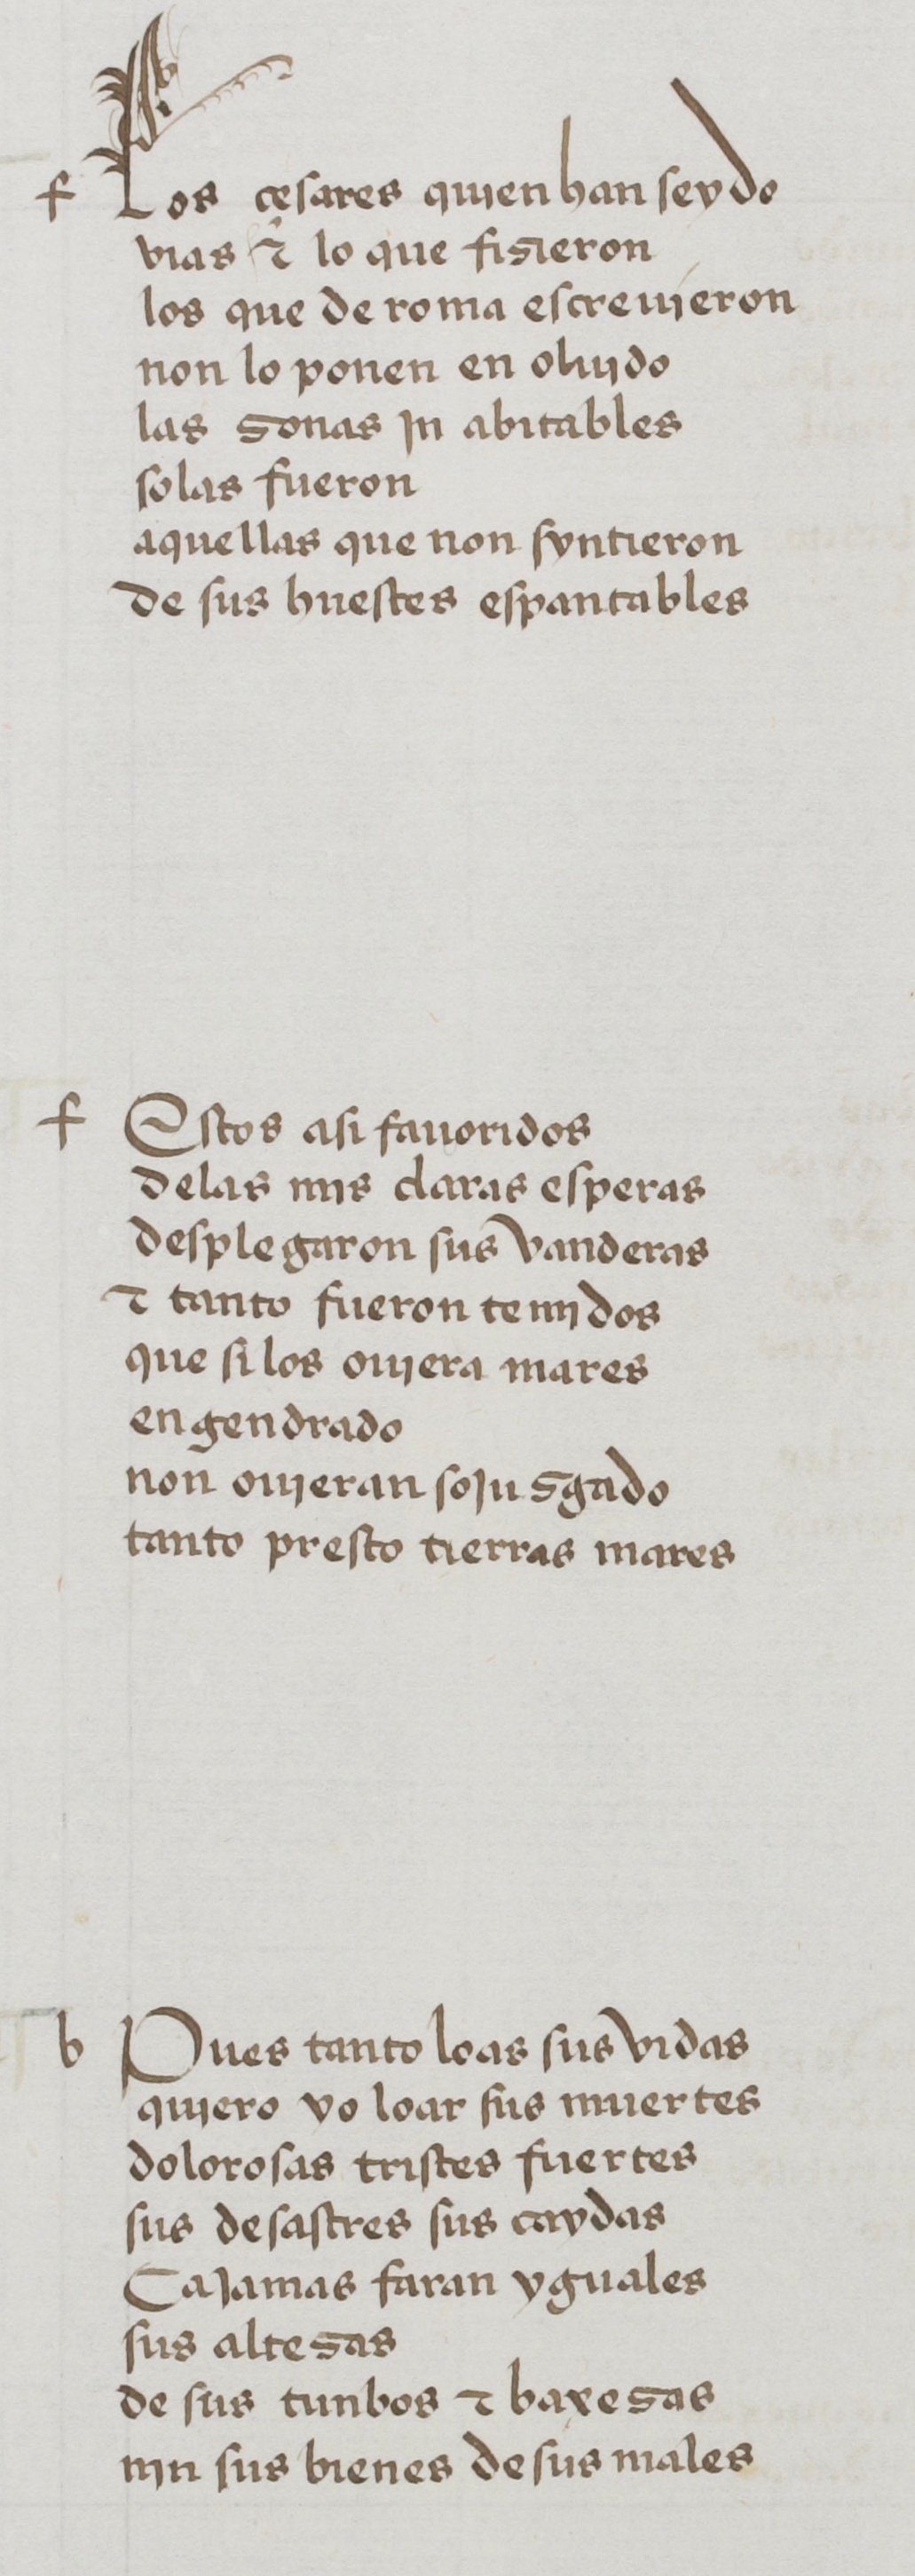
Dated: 1455–1485